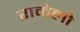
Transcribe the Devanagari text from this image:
रामेलो